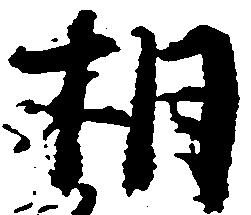
相